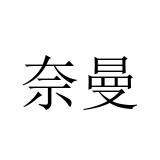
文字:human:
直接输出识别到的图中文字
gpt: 奈曼